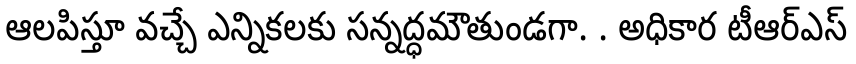
ఆలపిస్తూ వచ్చే ఎన్నికలకు సన్నద్ధమౌతుండగా. . అధికార టీఆర్ఎస్